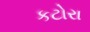
કટોરા